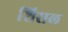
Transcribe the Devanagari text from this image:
शिराल